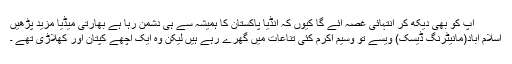
آپ کو بھی دیکھ کر انتہائی غصہ آئے گا کیوں کہ انڈیا پاکستان کا ہمیشہ سے ہی دشمن رہا ہے بھارتی میڈیا مزید پڑھیں
اسلام آباد(مانیٹرنگ ڈیسک) ویسے تو وسیم اکرم کئی تناعات میں گھرے رہے ہیں لیکن وہ ایک اچھے کپتان اور کھلاڑی تھے ۔